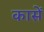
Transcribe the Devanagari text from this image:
कासें